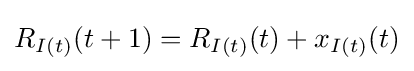
R_{I(t)}(t+1)=R_{I(t)}(t)+x_{I(t)}(t)